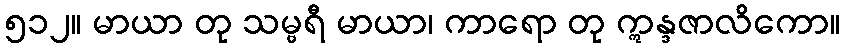
၅၁၂။ မာယာ တု သမ္ဗရီ မာယာ၊ ကာရော တု ဣန္ဒဇာလိကော။